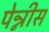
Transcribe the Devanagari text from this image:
पेन्नीस